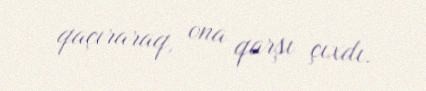
qaçıraraq, ona qarşı çıxdı.